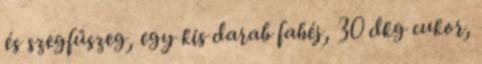
és szegfűszeg, egy kis darab fahéj, 30 dkg cukor,